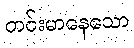
တင်းမာနေသော